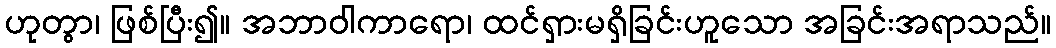
ဟုတွာ၊ ဖြစ်ပြီး၍။ အဘာဝါကာရော၊ ထင်ရှားမရှိခြင်းဟူသော အခြင်းအရာသည်။